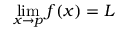
\operatorname* { l i m } _ { x \to p } f ( x ) = L